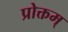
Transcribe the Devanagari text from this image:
प्रोक्तम्